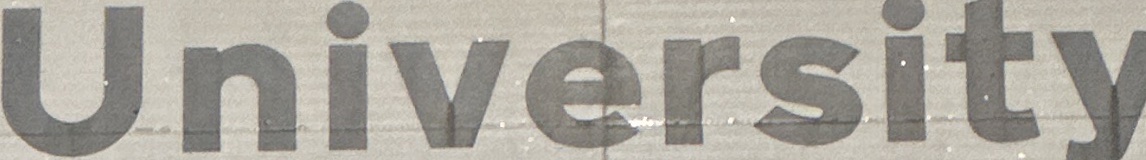
University